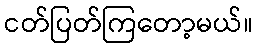
ငတ်ပြတ်ကြတော့မယ်။